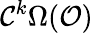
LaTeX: {\mathcal{C}}^{k}\Omega({\mathcal{O}})